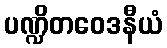
ပဏ္ဍိတဝေဒနီယံ